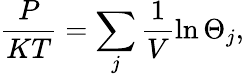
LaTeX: \frac{P}{KT}=\sum_{j}\frac{1}{V}\ln\Theta_{j},